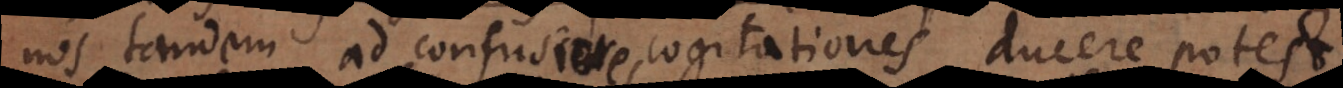
os tandem ad confusiores cogitationes ducere potest.